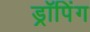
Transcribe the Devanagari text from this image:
ड्रॉपिंग